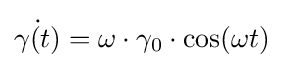
{\dot {\gamma (t)}}=\omega \cdot \gamma _{0}\cdot \cos(\omega t)